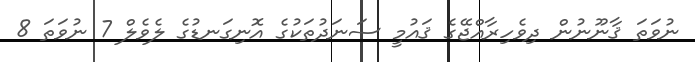
ނުވަތަ ޤާނޫނުން ދިވެހިރާއްޖޭގެ ޤައުމީ ސަނަދުތަކުގެ އޮނިގަނޑުގެ ލެވެލް 7 ނުވަތަ 8